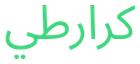
كرارطي